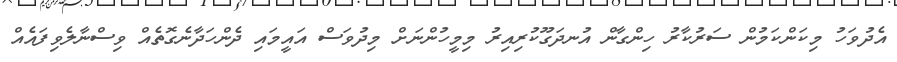
އެދުވަހު މިކަންކަމުން ސަރުކާރު ހިންގާން އުނދަގޫކުރިއިރު މިމީހުންނަށް މިދުވަސް އައީމައި ދެންހަދާނެގޮތެއް ވިސްނާލެވިފައެއް